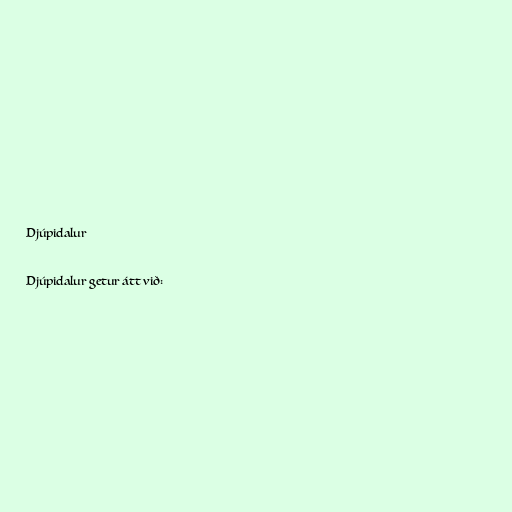
Djúpidalur

Djúpidalur getur átt við: